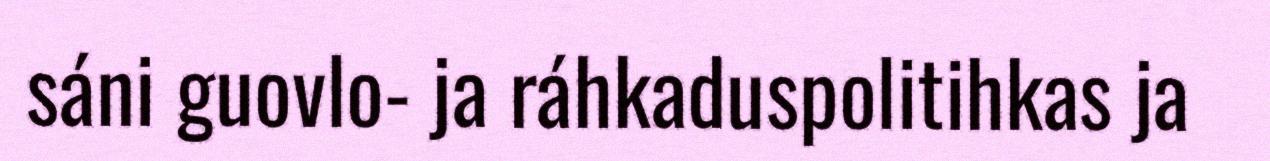
sáni guovlo- ja ráhkaduspolitihkas ja